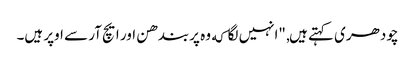
چودھری کہتے ہیں, "انہیں لگا که وہ پربندھن اور ایچ آر سے اوپر ہیں۔